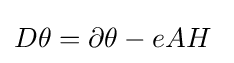
D\theta =\partial \theta -eAH~